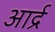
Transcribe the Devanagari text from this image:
आर्द्र